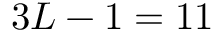
3 { \cal L } - 1 = 1 1